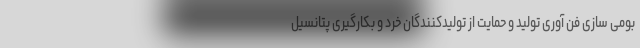
بومی سازی فن آوری تولید و حمایت از تولیدکنندگان خرد و بکارگیری پتانسیل